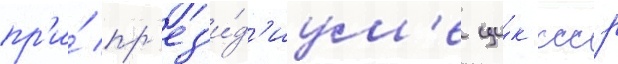
пр'и́ пр'ез'и́д'иум'е ци́к ссср